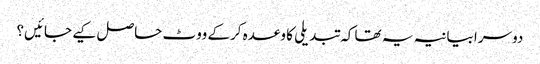
دوسرا بیانیہ یہ تھا کہ تبدیلی کا وعدہ کرکے ووٹ حاصل کیے جائیں؟